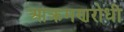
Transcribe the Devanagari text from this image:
आक्रमणरोधी